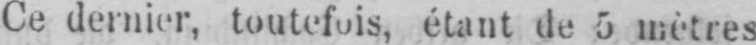
étant de 5 mètres